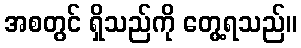
အစတွင် ရှိသည်ကို တွေ့ရသည်။